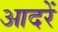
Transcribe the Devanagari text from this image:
आदरें